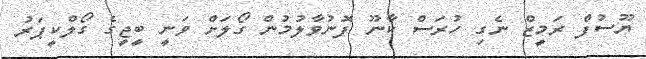
ޔޫސުފް ރަމީޒް ނެގި ހުރަސް ކާނޫ ފޮނުވާލުމުން ގޯލަށް ވަނީ ބީޖީގެ ގޯލްކީޕަރު